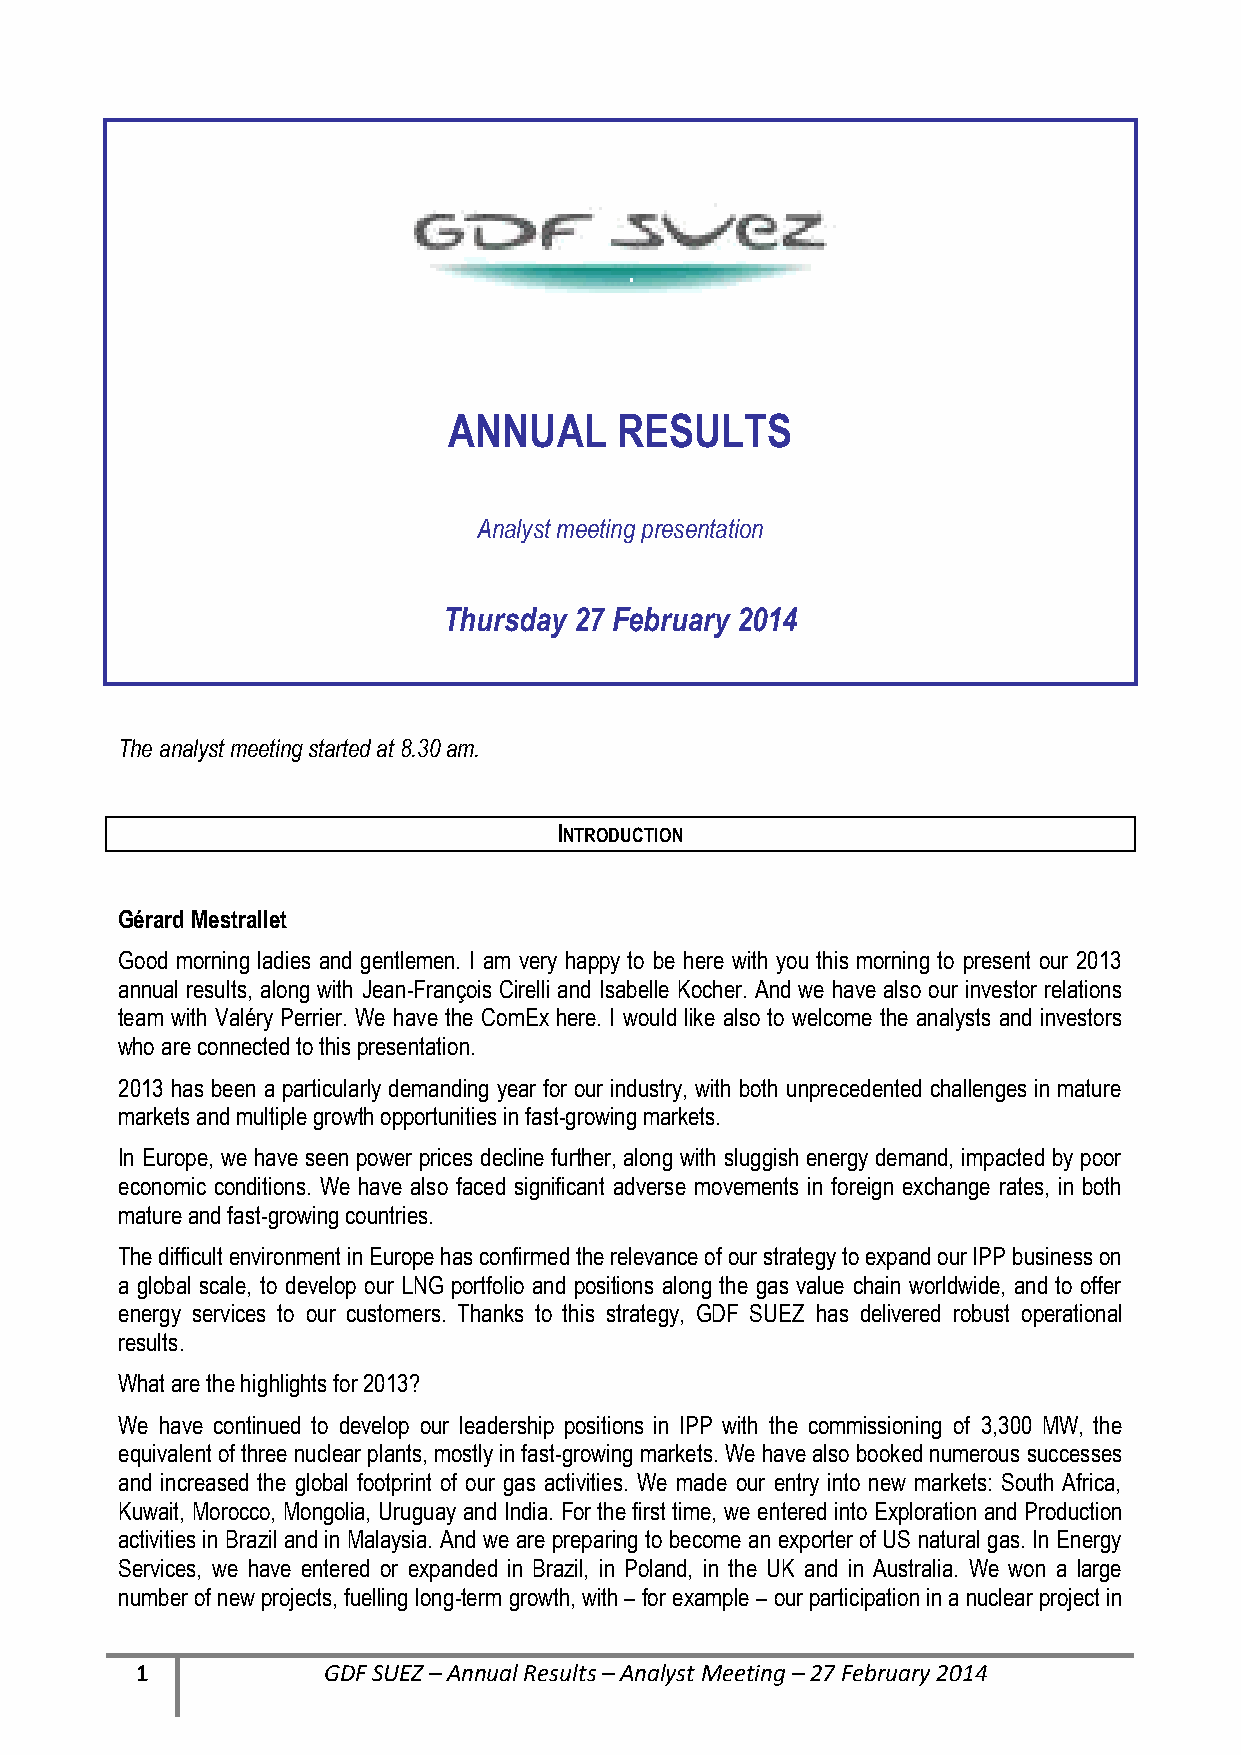
ANNUAL     RESULTS
 Analyst meeting presentation
 Thursday 27 February 2014
 The analyst meeting started at 8.30 am.
 INTRODUCTION
 Gérard Mestrallet
 Good morning ladies and gentlemen. I am very happy to be here with you this morning to present our 2013
 annual results, along with Jean-François Cirelli and Isabelle Kocher. And we have also our investor relations
 team with Valéry Perrier. We have the ComEx here. I would like also to welcome the analysts and investors
 who are connected to this presentation.
 2013 has been a particularly demanding year for our industry, with both unprecedented challenges in mature
 markets and multiple growth opportunities in fast-growing markets.
 In Europe, we have seen power prices decline further, along with sluggish energy demand, impacted by poor
 economic conditions. We have also faced significant adverse movements in foreign exchange rates, in both
 mature and fast-growing countries.
 The difficult environment in Europe has confirmed the relevance of our strategy to expand our IPP business on
 a global scale, to develop our LNG portfolio and positions along the gas value chain worldwide, and to offer
 energy services to our customers. Thanks to this strategy, GDF SUEZ has delivered robust operational
 results.
 What are the highlights for 2013?
 We have continued to develop our leadership positions in IPP with the commissioning of 3,300 MW, the
 equivalent of three nuclear plants, mostly in fast-growing markets. We have also booked numerous successes
 and increased the global footprint of our gas activities. We made our entry into new markets: South Africa,
 Kuwait, Morocco, Mongolia, Uruguay and India. For the first time, we entered into Exploration and Production
 activities in Brazil and in Malaysia. And we are preparing to become an exporter of US natural gas. In Energy
 Services, we have entered or expanded in Brazil, in Poland, in the UK and in Australia. We won a large
 number of new projects, fuelling long-term growth, with – for example – our participation in a nuclear project in
 1           GDF SUEZ – Annual Results – Analyst Meeting – 27 February 2014